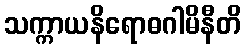
သက္ကာယနိရောဓဂါမိနီတိ